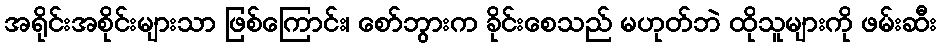
အရိုင်းအစိုင်းများသာ ဖြစ်ကြောင်း၊ စော်ဘွားက ခိုင်းစေသည် မဟုတ်ဘဲ ထိုသူများကို ဖမ်းဆီး